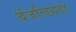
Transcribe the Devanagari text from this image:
बेंजल्डिहाइड